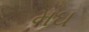
મઘ